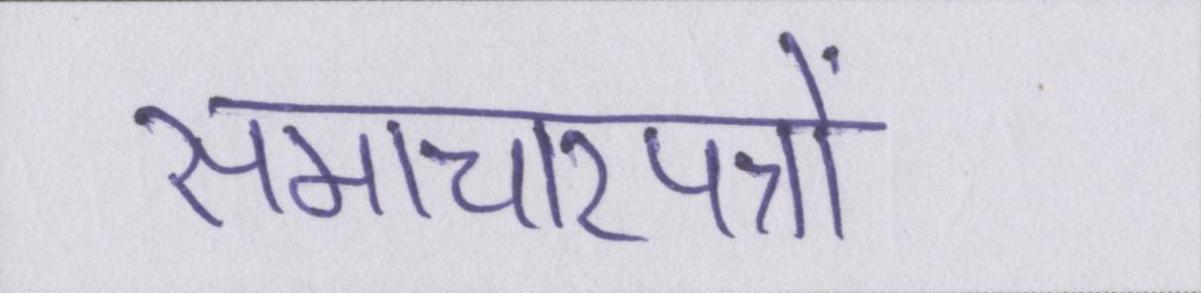
समाचारपत्रों